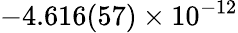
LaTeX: -4.616(57)\times 10^{-12}